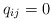
\begin{align*}q_{ij} = 0 \end{align*}